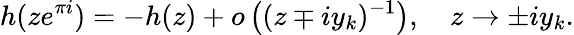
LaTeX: h(ze^{\pi i})=-h(z)+o\left((z\mp iy_{k})^{-1}\right),\quad z\to\pm iy_{k}.